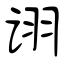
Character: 诩